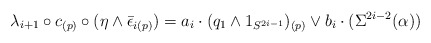
\begin{align*} \lambda_{i+1} \circ c_{(p)} \circ (\eta \wedge \bar \epsilon_{i(p)}) = a_i \cdot (q_1 \wedge 1_{S^{2i-1}})_{(p)} \vee b_i \cdot (\Sigma^{2i-2}(\alpha))\end{align*}